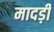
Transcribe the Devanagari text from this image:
मादड़ी